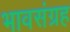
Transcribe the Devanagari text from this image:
भावसंग्रह